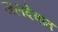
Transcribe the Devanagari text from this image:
जलदेवांत